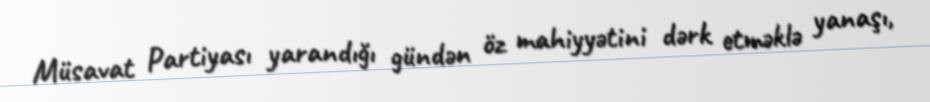
Müsavat Partiyası yarandığı gündən öz mahiyyətini dərk etməklə yanaşı,